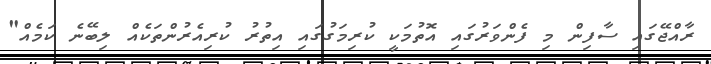
ރާއްޖޭގައި ސާފިން މި ފެންވަރުގައި އޮތުމަކީ ކުރިމަގުގައި އިތުރު ކުރިއެރުންތަކެއް ލިބޭނެ ކަމެއް"